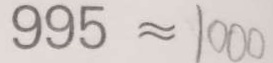
9 9 5 \approx 1 0 0 0